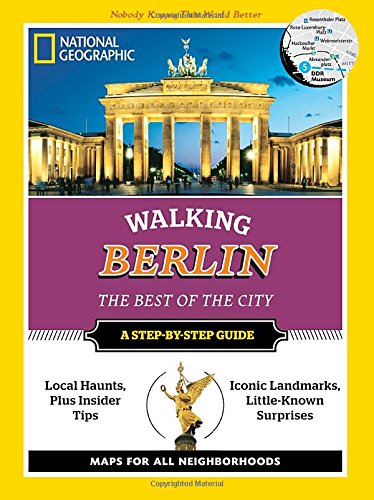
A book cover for National Geographic Walking Berlin: The Best of the City (National Geographic Walking the Best of the City); Paul Sullivan; Travel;